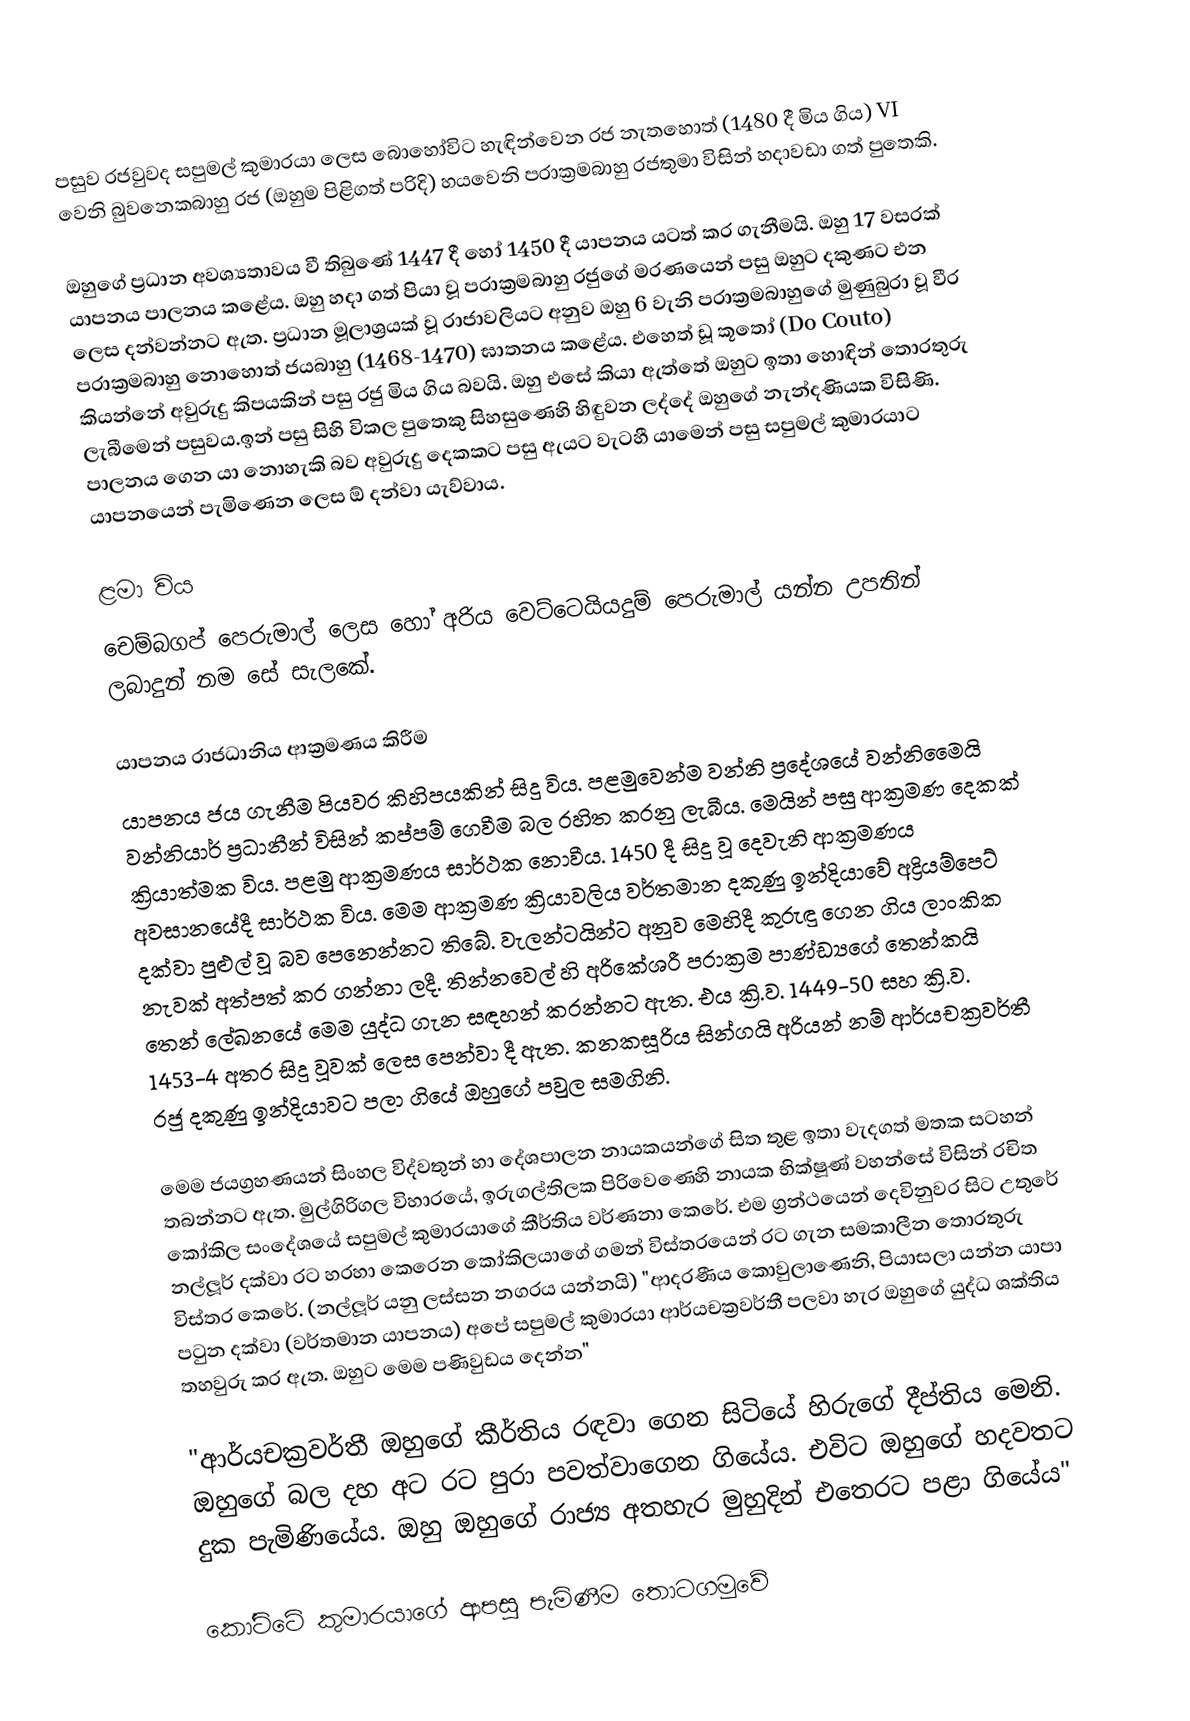
පසුව රජවුවද සපුමල් කුමාරයා ලෙස බොහෝවිට හැඳින්වෙන රජ නැතහොත් (1480 දී මිය ගිය) VI වෙනි බුවනෙකබාහු රජ (ඔහුම පිළිගත් පරිදි) හයවෙනි පරාක්‍රමබාහු රජතුමා විසින් හදාවඩා ගත් පුතෙකි.

ඔහුගේ ප්‍රධාන අවශ්‍යතාවය වී තිබුණේ 1447 දී හෝ 1450 දී යාපනය යටත් කර ගැනීමයි. ඔහු 17 වසරක් යාපනය පාලනය කළේය. ඔහු හදා ගත් පියා වූ පරාක්‍රමබාහු රජුගේ මරණයෙන් පසු ඔහුට දකුණට එන ලෙස දන්වන්නට ඇත. ප්‍රධාන මූලාශ්‍රයක් වූ රාජාවලියට අනුව ඔහු 6 වැනි පරාක්‍රමබාහුගේ මුණුබුරා වූ වීර පරාක්‍රමබාහු නොහොත් ජයබාහු (1468-1470) ඝාතනය කළේය. එහෙත් ඩූ කූතෝ (Do Couto) කියන්නේ අවුරුදු කිපයකින් පසු රජු මිය ගිය බවයි. ඔහු එසේ කියා ඇත්තේ ඔහුට ඉතා හොඳින් තොරතුරු ලැබීමෙන් පසුවය.ඉන් පසු සිහි විකල පුතෙකු සිහසුණෙහි හිඳුවන ලද්දේ ඔහුගේ නැන්දණියක විසිණි. පාලනය ගෙන යා නොහැකි බව අවුරුදු දෙකකට පසු ඇයට වැටහී යාමෙන් පසු සපුමල් කුමාරයාට යාපනයෙන් පැමිණෙන ලෙස ඕ දන්වා යැව්වාය.

ළමා විය
චෙම්බගප් පෙරුමාල් ලෙස හෝ අරිය වෙට්ටෙයියදුම් පෙරුමාල් යන්න උපතින් ලබාදුන් නම සේ සැලකේ.

යාපනය රාජධානිය ආක්‍රමණය කිරීම
යාපනය ජය ගැනීම පියවර කිහිපයකින් සිදු විය. පළමුවෙන්ම වන්නි ප්‍රදේශයේ වන්නිමෛයි වන්නියාර් ප්‍රධානීන් විසින් කප්පම් ගෙවීම බල රහිත කරනු ලැබීය. මෙයින් පසු ආක්‍රමණ දෙකක් ක්‍රියාත්මක විය. පළමු ආක්‍රමණය සාර්ථක නොවීය. 1450 දී සිදු වූ දෙවැනි ආක්‍රමණය අවසානයේදී සාර්ථක විය. මෙම ආක්‍රමණ ක්‍රියාවලිය වර්තමාන දකුණු ඉන්දියාවේ අද්‍රියම්පෙට් දක්වා පුළුල් වූ බව පෙනෙන්නට තිබේ. වැලන්ටයින්ට අනුව මෙහිදී කුරුඳු ගෙන ගිය ලාංකික නැවක් අත්පත් කර ගන්නා ලදී. තින්නවෙල් හි අරිකේශරී පරාක්‍රම පාණ්ඩ්‍යගේ තෙන්කයි තෙන් ලේඛනයේ මෙම යුද්ධ ගැන සඳහන් කරන්නට ඇත. එය ක්‍රි.ව. 1449-50 සහ ක්‍රි.ව. 1453-4 අතර සිදු වූවක් ලෙස පෙන්වා දී ඇත. කනකසූරිය සින්ගයි අරියන් නම් ආර්යචක්‍රවර්තී රජු දකුණු ඉන්දියාවට පලා ගියේ ඔහුගේ පවුල සමගිනි.

මෙම ජයග්‍රහණයන් සිංහල විද්වතුන් හා දේශපාලන නායකයන්ගේ සිත තුළ ඉතා වැදගත් මතක සටහන් තබන්නට ඇත. මුල්ගිරිගල විහාරයේ, ඉරුගල්තිලක පිරිවෙණෙහි නායක භික්ෂූණ් වහන්සේ විසින් රචිත කෝකිල සංදේශයේ සපුමල් කුමාරයාගේ කීර්තිය වර්ණනා කෙරේ. එම ග්‍රන්ථයෙන් දෙවිනුවර සිට උතුරේ නල්ලූර් දක්වා රට හරහා කෙරෙන කෝකිලයාගේ ගමන් විස්තරයෙන් රට ගැන සමකාලීන තොරතුරු විස්තර කෙරේ. (නල්ලූර් යනු ලස්සන නගරය යන්නයි) "ආදරණීය කොවුලාණෙනි, පියාසලා යන්න යාපා පටුන දක්වා (වර්තමාන යාපනය) අපේ සපුමල් කුමාරයා ආර්යචක්‍රවර්තී පලවා හැර ඔහුගේ යුද්ධ ශක්තිය තහවුරු කර ඇත. ඔහුට මෙම පණිවුඩය දෙන්න"

"ආර්යචක්‍රවර්තී ඔහුගේ කීර්තිය රඳවා ගෙන සිටියේ හිරුගේ දීප්තිය මෙනි. ඔහුගේ බල දහ අට රට පුරා පවත්වාගෙන ගියේය. එවිට ඔහුගේ හදවතට දුක පැමිණියේය. ඔහු ඔහුගේ රාජ්‍ය අතහැර මුහුදින් එතෙරට පළා ගියේය"

කෝට්ටේ කුමාරයාගේ ආපසු පැමිණීම තොටගමුවේ